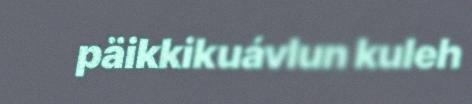
päikkikuávlun kuleh